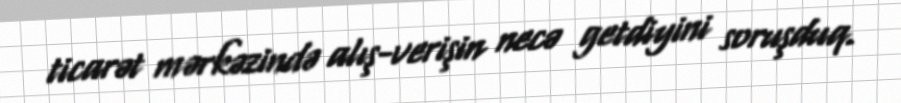
ticarət mərkəzində alış-verişin necə getdiyini soruşduq.